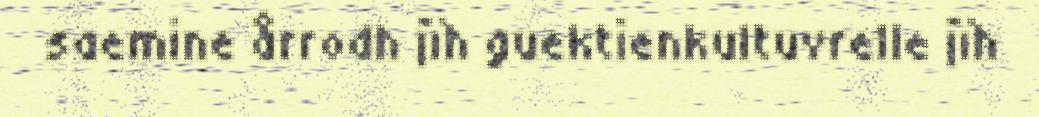
saemine årrodh jïh guektienkultuvrelle jïh